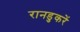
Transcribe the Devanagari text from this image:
रानडुकरें